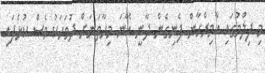
މި ފިލްމުގައި އާމިރްހާން ފެނިގެން ދާނީ އޭނަ މިހާތަނަށް ދުވަހަކު ވެސް ކުޅެފައި